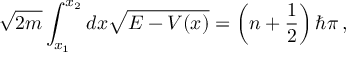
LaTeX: \sqrt { 2 m } \int _ { x _ { 1 } } ^ { x _ { 2 } } d x \sqrt { E - V ( x ) } = \left( n + \frac { 1 } { 2 } \right) \hbar \pi \, ,